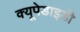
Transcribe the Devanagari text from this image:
क्यूपेडाइडी